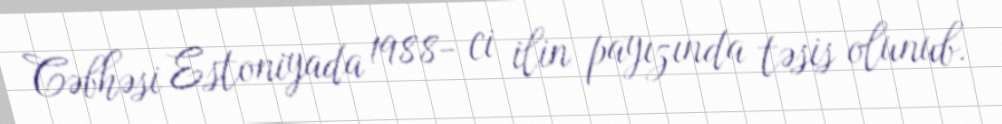
Cəbhəsi Estoniyada 1988- ci ilin payızında təsis olunub.